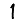
Digit: 1